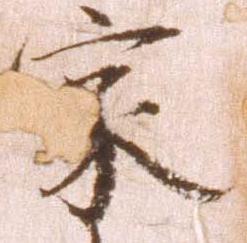
家